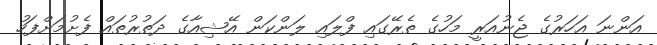
އަންނަ އަހަރުގެ ޖެނުއަރީ މަހުގެ ތެރޭގައި ފްލައި ލަންކަން އޭޝިއާގެ ދަތުރުތައް ފެށުމަށްފަހު